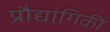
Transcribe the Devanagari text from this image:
प्रौद्यांगिकी